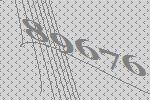
89676